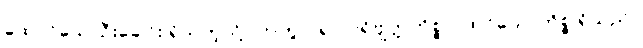
ထောင်သောဦးခေါင်း ရှိသကဲ့သို့။ ဟုတွာ၊ ၍။ ပရိဗျတ္တကိစ္စာ၊ ထင်သောကိစ္စ ရှိသည်။